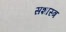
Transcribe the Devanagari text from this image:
सशास्त्र